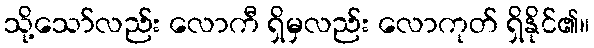
သို့သော်လည်း လောကီ ရှိမှလည်း လောကုတ် ရှိနိုင်၏။